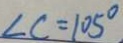
\angle C = 1 0 5 ^ { \circ }